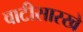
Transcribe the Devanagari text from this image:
वाटीसारखे